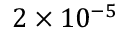
2 \times 1 0 ^ { - 5 }